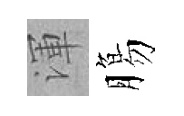
渾膓